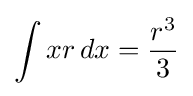
\int xr\,dx={\frac {r^{3}}{3}}